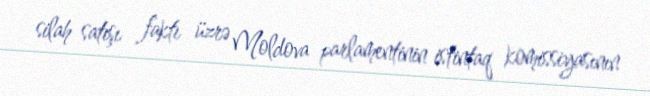
silah satışı faktı üzrə Moldova parlamentinin istintaq komissiyasının